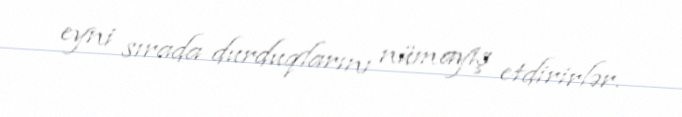
eyni sırada durduqlarını nümayiş etdirirlər.